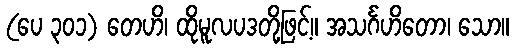
(ပေ ၃၀၁) တေဟိ၊ ထိုမူလပဒတို့ဖြင့်။ အသင်္ဂဟိတော၊ သော။